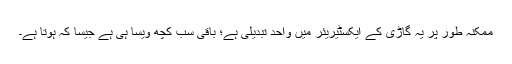
ممکنہ طور پر یہ گاڑی کے ایکسٹیریئر میں واحد تبدیلی ہے؛ باقی سب کچھ ویسا ہی ہے جیسا کہ ہوتا ہے۔